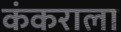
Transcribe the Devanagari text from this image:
कंकराला